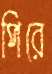
পিরে